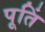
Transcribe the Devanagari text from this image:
पूतिं